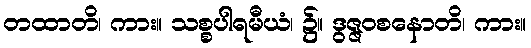
တထာတိ၊ ကား။ သစ္စပါရမီယံ၊ ၌။ ဒွဇ္ဇဝစနောတိ၊ ကား။